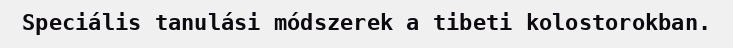
Speciális tanulási módszerek a tibeti kolostorokban.